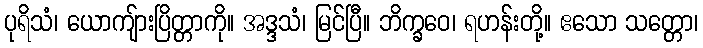
ပုရိသံ၊ ယောကျ်ားပြိတ္တာကို။ အဒ္ဒသံ၊ မြင်ပြီ။ ဘိက္ခဝေ၊ ရဟန်းတို့။ ဧသော သတ္တော၊